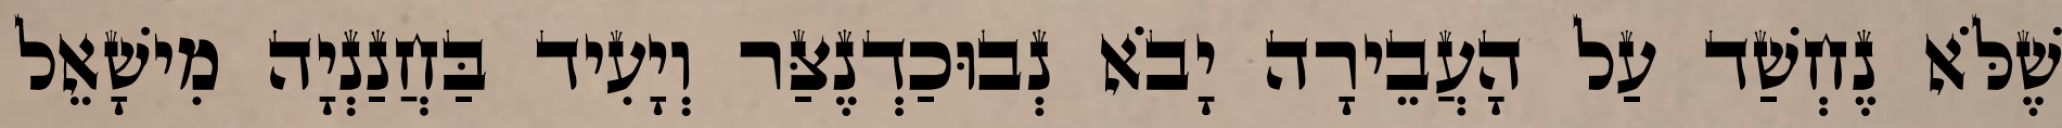
שֶׁלֹּא נֶחְשַׁד עַל הָעֲבֵירָה יָבֹא נְבוּכַדְנֶצַּר וְיָעִיד בַּחֲנַנְיָה מִישָׁאֵל